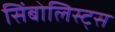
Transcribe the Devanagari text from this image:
सिंबोलिस्ट्स